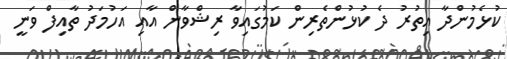
ކުޅެމުންދާ އިތުރު ދެ ކުޅުންތެރިން ކަމުގައިވާ ރިޝްވާން އާއި އަހުމަދު ތާއިފް ވަނީ